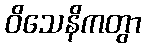
ဝိသေနိကတွာ